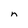
Character: n